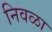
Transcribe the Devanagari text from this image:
निवळा